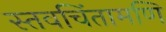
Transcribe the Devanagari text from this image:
स्तवचिंतामणि